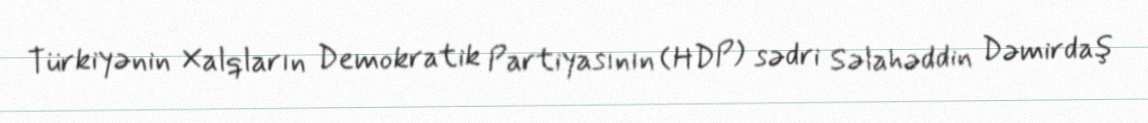
Türkiyənin Xalqların Demokratik Partiyasının (HDP) sədri Səlahəddin Dəmirdaş